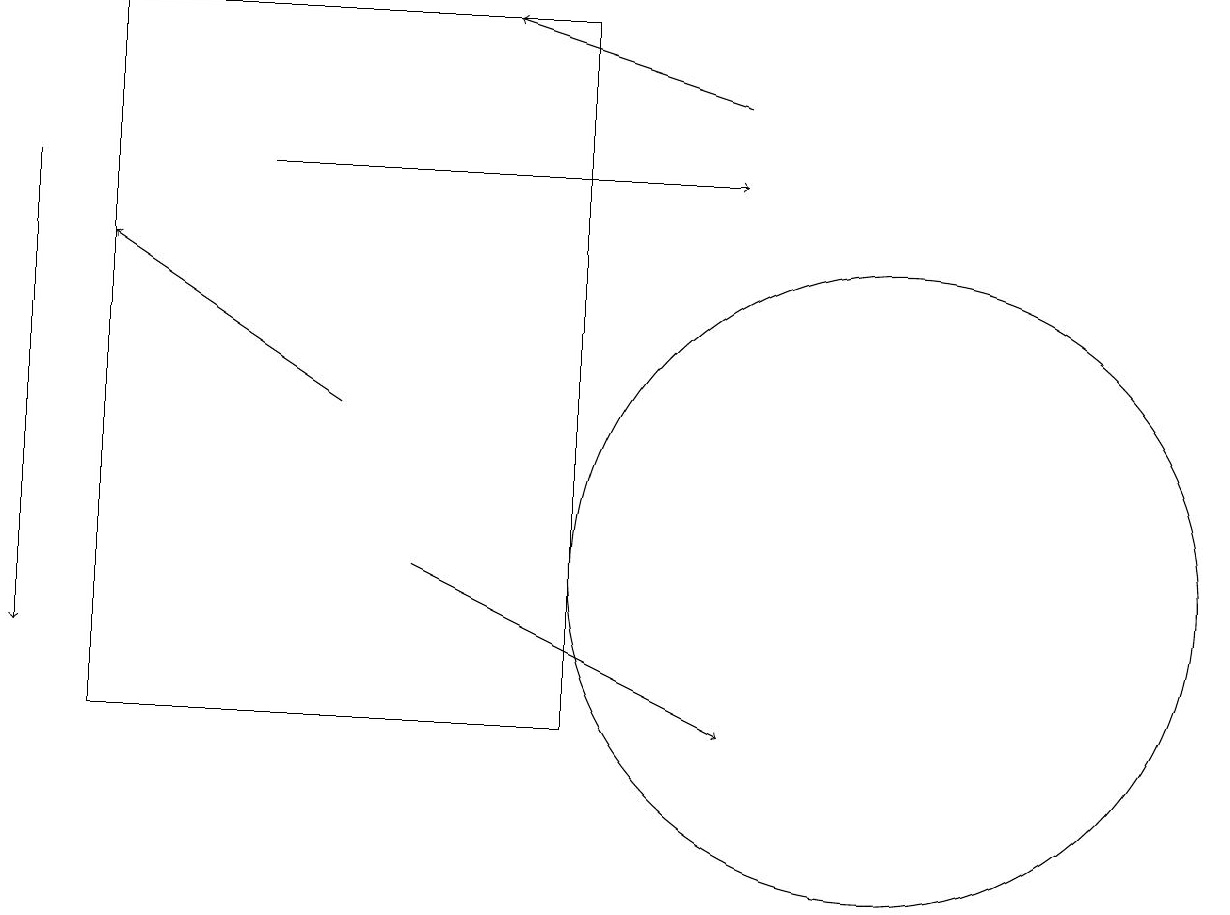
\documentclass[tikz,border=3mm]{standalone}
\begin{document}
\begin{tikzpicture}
\draw (10,11) circle (0);
\draw[->] (9,18) -- (6,19);
\draw[->] (3,17) -- (9,17);
\draw[->] (4,14) -- (1,16);
\draw[->] (5,12) -- (9,10);
\draw (11,12) circle (4);
\draw (7,10) rectangle (1,19);
\draw[->] (0,17) -- (0,11);
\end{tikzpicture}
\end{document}